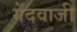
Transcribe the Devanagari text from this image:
गेंदवाजी